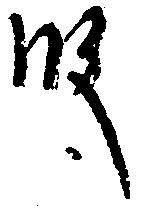
殿